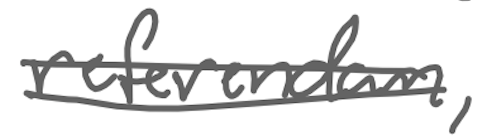
Text: referendum,
Cross-out: double-line
Writing tool: digital_gray